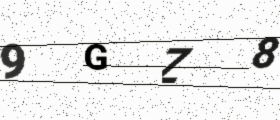
Text: 9GZ8